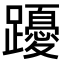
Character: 𨇄